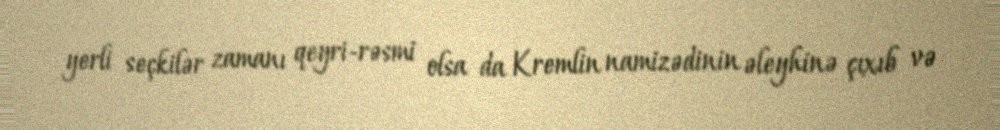
yerli seçkilər zamanı qeyri-rəsmi olsa da Kremlin namizədinin əleyhinə çıxıb və